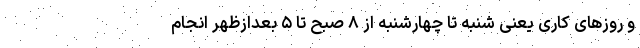
و روزهای کاری یعنی شنبه تا چهارشنبه از ۸ صبح تا ۵ بعدازظهر انجام